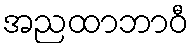
အညထာဘာဝီ